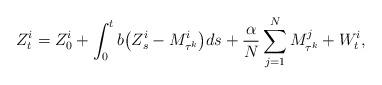
LaTeX: \begin{align*}Z_{t}^i = Z_{0}^i + \int_{0}^t b \bigl( Z_{s}^i - M_{\tau^k}^i \bigr) ds + \frac{\alpha}{N} \sum_{j=1}^N M_{\tau^k}^j + W_{t}^i,\end{align*}